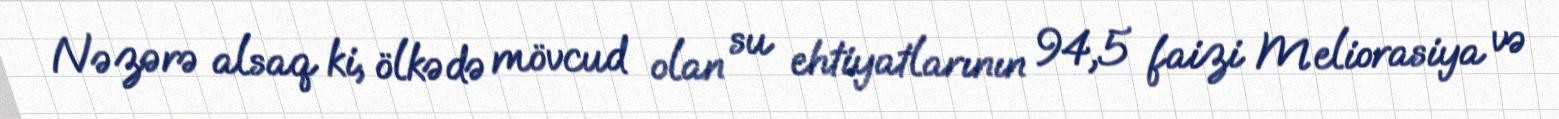
Nəzərə alsaq ki, ölkədə mövcud olan su ehtiyatlarının 94,5 faizi Meliorasiya və